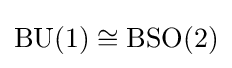
\operatorname {BU} (1)\cong \operatorname {BSO} (2)